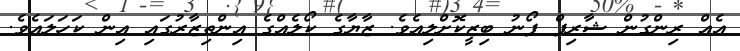
އެއް ރިންގުން ޝާރިފް ފޯނު ބިޒީކޮށްލިއެވެ. ޒާޔާގެ ކޯލެއްގެ އިންތިޒާރުގައި އިން ކަހަލައެވެ.